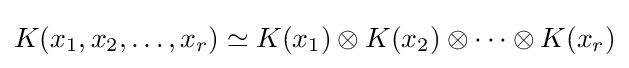
K(x_{1},x_{2},\dots ,x_{r})\simeq K(x_{1})\otimes K(x_{2})\otimes \cdots \otimes K(x_{r})